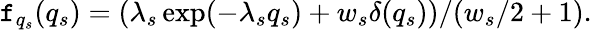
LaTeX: \mathtt{f}_{q_{s}}(q_{s})=(\lambda_{s}\exp(-\lambda_{s}q_{s})+w_{s}\delta(q_{s}))/(w_{s}/2+1).